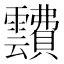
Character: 靅